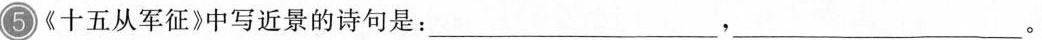
5《十五从军征》中写近景的诗句是：___，___。